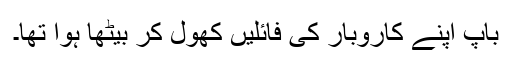
باپ اپنے کاروبار کی فائلیں کھول کر بیٹھا ہوا تھا۔